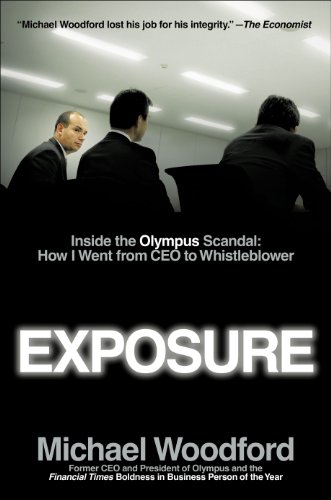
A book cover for Exposure: Inside the Olympus Scandal: How I Went from CEO to Whistleblower (2012); Michael Woodford; Biographies & Memoirs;